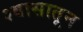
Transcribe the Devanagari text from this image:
श्वासातून